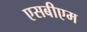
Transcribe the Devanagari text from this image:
एसबीएम